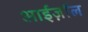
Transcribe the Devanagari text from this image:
आईज़ॉल